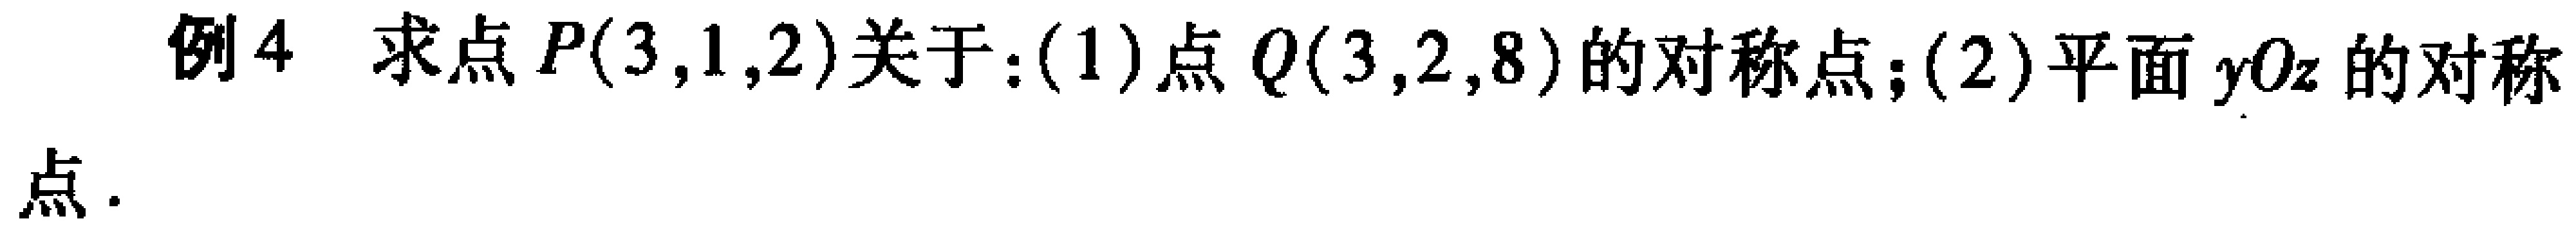
例4 求点\(P(3,1,2)\)关于：(1)点\(Q(3,2,8)\)的对称点；(2)平面\(yOz\)的对称点.